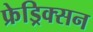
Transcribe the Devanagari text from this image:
फ्रेड्रिक्सन